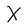
Character: X